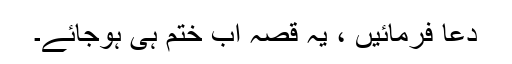
دعا فرمائیں ، یہ قصہ اب ختم ہی ہوجائے۔